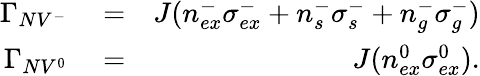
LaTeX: \begin{array}{rlr}{\Gamma_{NV^{-}}}&{{}=}&{J(n_{ex}^{-}\sigma_{ex}^{-}+n_{s}^{-}\sigma_{s}^{-}+n_{g}^{-}\sigma_{g}^{-})}\\ {\Gamma_{NV^{0}}}&{{}=}&{J(n_{ex}^{0}\sigma_{ex}^{0}).}\end{array}